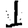
Digit: 1